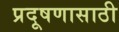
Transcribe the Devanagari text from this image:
प्रदूषणासाठी